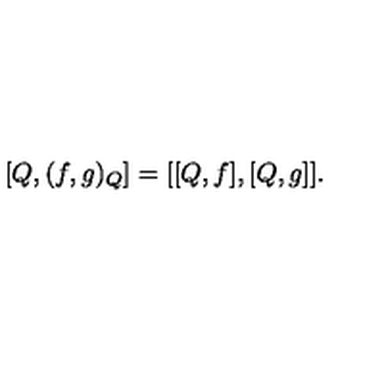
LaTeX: \left[ Q , ( f , g ) _ { Q } \right] = [ [ Q , f ] , [ Q , g ] ] .